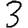
Digit: 3